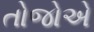
તોજોએ